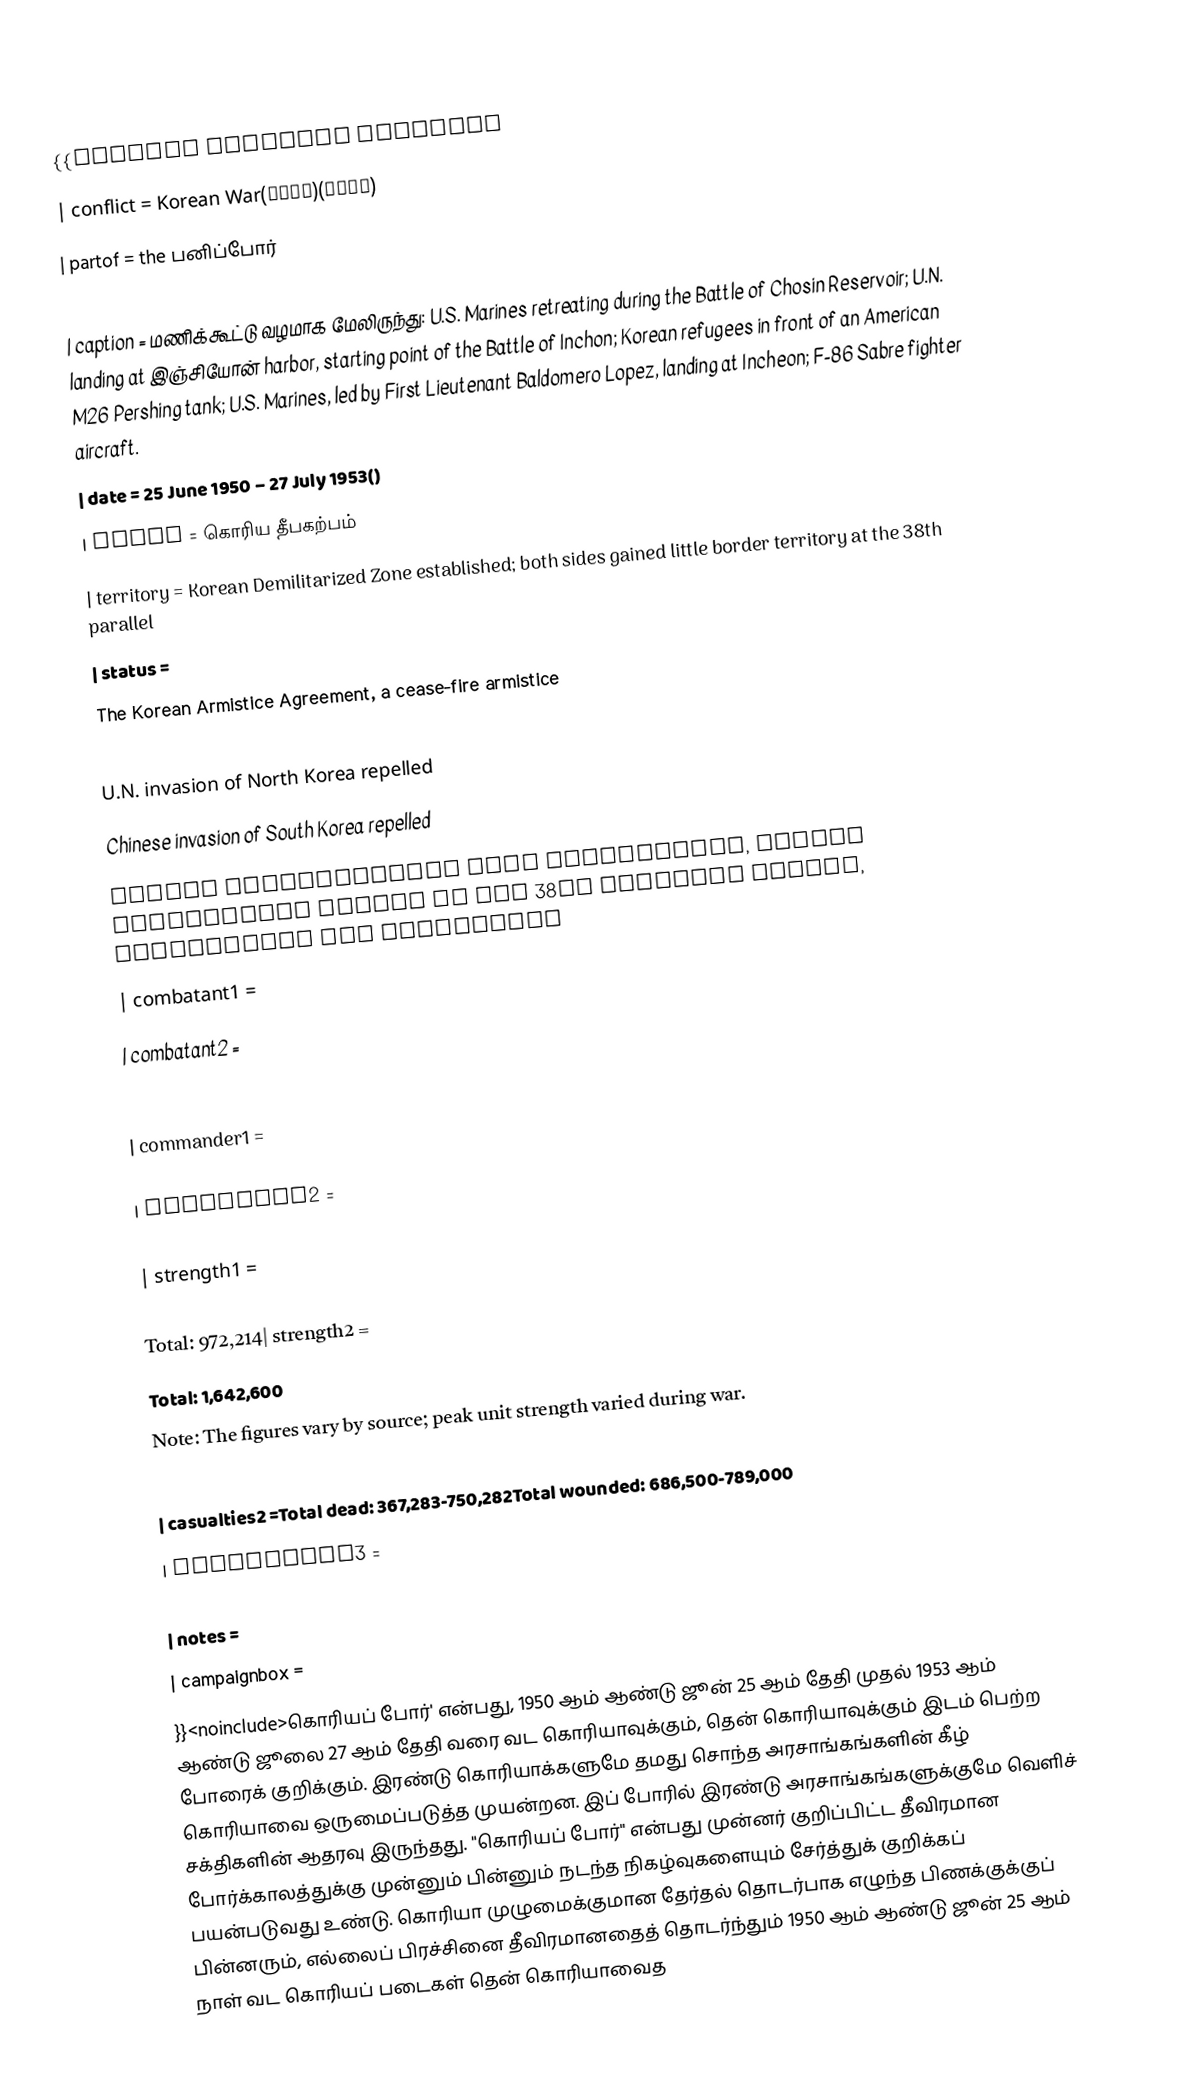
{{Infobox military conflict
| conflict = Korean War(한국전쟁)(조선전쟁)
| partof = the பனிப்போர்
| image =
| caption = மணிக்கூட்டு வழமாக மேலிருந்து: U.S. Marines retreating during the Battle of Chosin Reservoir; U.N. landing at இஞ்சியோன் harbor, starting point of the Battle of Inchon; Korean refugees in front of an American M26 Pershing tank; U.S. Marines, led by First Lieutenant Baldomero Lopez, landing at Incheon; F-86 Sabre fighter aircraft.
| date = 25 June 1950 – 27 July 1953()
| place = கொரிய தீபகற்பம்
| territory = Korean Demilitarized Zone established; both sides gained little border territory at the 38th parallel
| status =
 The Korean Armistice Agreement, a cease-fire armistice
 North Korean invasion of South Korea repelled
 U.N. invasion of North Korea repelled
 Chinese invasion of South Korea repelled
 Korean Demilitarized Zone established, little territorial change at the 38th parallel border, essentially uti possidetis
| combatant1 =
 | combatant2 =

| commander1 =

| commander2 =

| strength1 =

 Total: 972,214| strength2 =
 Total: 1,642,600
Note: The figures vary by source; peak unit strength varied during war.
| casualties1 =Total: 178,426 dead and 32,925 missingTotal wounded: 566,434
| casualties2 =Total dead: 367,283-750,282Total wounded: 686,500-789,000
| casualties3 =

| notes =
| campaignbox =
}}<noinclude>கொரியப் போர்' என்பது, 1950 ஆம் ஆண்டு ஜூன் 25 ஆம் தேதி முதல் 1953 ஆம் ஆண்டு ஜூலை 27 ஆம் தேதி வரை வட கொரியாவுக்கும், தென் கொரியாவுக்கும் இடம் பெற்ற போரைக் குறிக்கும். இரண்டு கொரியாக்களுமே தமது சொந்த அரசாங்கங்களின் கீழ் கொரியாவை ஒருமைப்படுத்த முயன்றன. இப் போரில் இரண்டு அரசாங்கங்களுக்குமே வெளிச் சக்திகளின் ஆதரவு இருந்தது. "கொரியப் போர்" என்பது முன்னர் குறிப்பிட்ட தீவிரமான போர்க்காலத்துக்கு முன்னும் பின்னும் நடந்த நிகழ்வுகளையும் சேர்த்துக் குறிக்கப் பயன்படுவது உண்டு. கொரியா முழுமைக்குமான தேர்தல் தொடர்பாக எழுந்த பிணக்குக்குப் பின்னரும், எல்லைப் பிரச்சினை தீவிரமானதைத் தொடர்ந்தும் 1950 ஆம் ஆண்டு ஜூன் 25 ஆம் நாள் வட கொரியப் படைகள் தென் கொரியாவைத